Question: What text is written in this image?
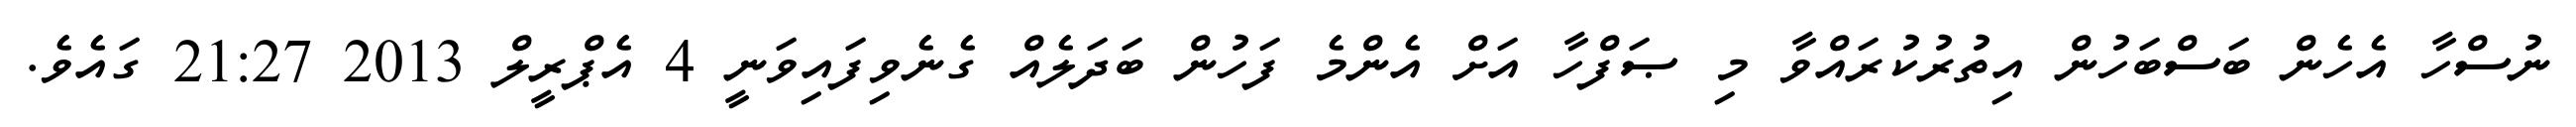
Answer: ނުސްހާ އެހެން ބަސްބަހުން އިތުރުކުރައްވާ މި ޞަފްހާ އަށް އެންމެ ފަހުން ބަދަލެއް ގެނެވިފައިވަނީ 4 އެޕްރީލް 2013 21:27 ގައެވެ.